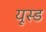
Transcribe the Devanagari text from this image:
यूस्ड